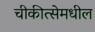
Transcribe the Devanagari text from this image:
चीकीत्सेमधील